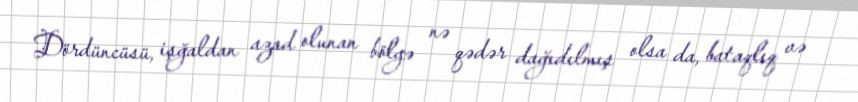
Dördüncüsü, işğaldan azad olunan bölgə nə qədər dağıdılmış olsa da, bataqlıq və